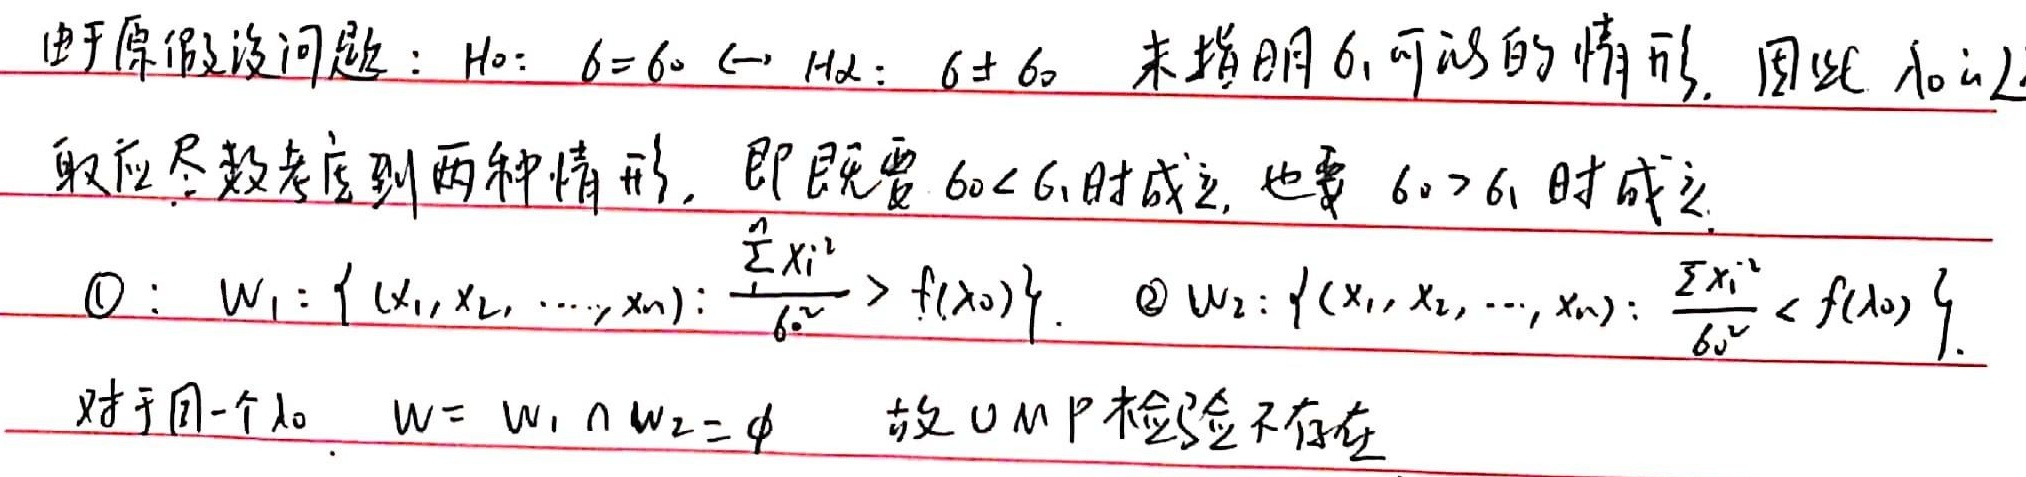
由于原假设问题：\(H_0: \theta = \theta_0 \leftrightarrow H_1: \theta \neq \theta_0\) 未指明 \(\theta_1\) 可能的情形，因此 求 \(U\) 统计量应尽数考虑到两种情形，即既要 \(\theta_0< \theta_1\) 时成立，也要 \(\theta_0> \theta_1\) 时成立。
\[
\begin{align*}
&\textcircled{1}: W_1 = \left\{(x_1,x_2,\cdots,x_n): \frac{\sum_{i = 1}^{n} x_i^{2}}{\theta_0^{2}} > f(\lambda_0)\right\}.\\
&\textcircled{2}: W_2 = \left\{(x_1,x_2,\cdots,x_n): \frac{\sum_{i = 1}^{n} x_i^{2}}{\theta_0^{2}} < f(\lambda_0)\right\}.
\end{align*}
\]
对于同一个 \(\lambda_0\)，\(W = W_1 \cap W_2=\varnothing\) 故 \(UMP\) 检验不存在